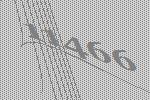
11466